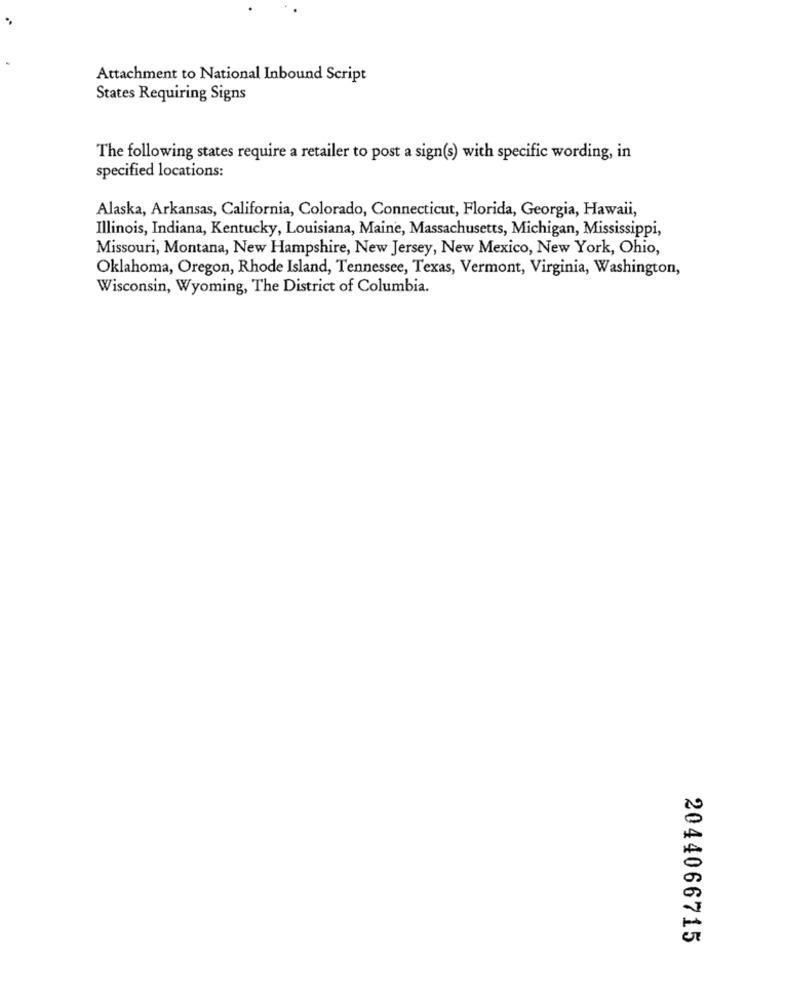
Attachment to National Inbound Script
States Requiring Signs
The following states require a retailer to post a sign(s) with specific wording, in
specified locations:
Alaska, Arkansas, California, Colorado, Connecticut, Florida, Georgia, Hawaii,
Illinois, Indiana, Kentucky, Louisiana, Maine, Massachusetts, Michigan, Mississippi,
Missouri, Montana, New Hampshire, New Jersey, New Mexico, New York, Ohio,
Oklahoma, Oregon, Rhode Island, Tennessee, Texas, Vermont, Virginia, Washington,
Wisconsin, Wyoming, The District of Columbia.
2044066715